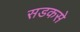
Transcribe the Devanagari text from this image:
सडकसे